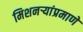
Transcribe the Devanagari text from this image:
मिशनऱ्यांप्रमाणे